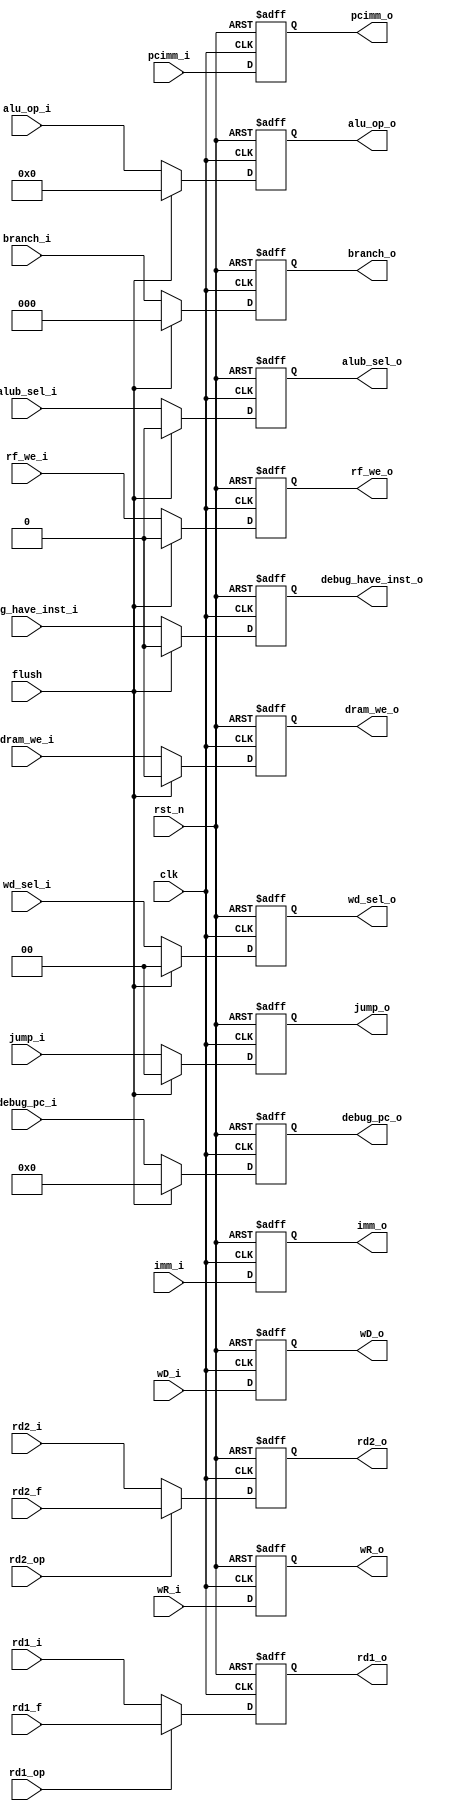

module pr_ID_EX(
    input clk,
    input rst_n,
    input flush,
    
    input [1:0] wd_sel_i,
    input [3:0] alu_op_i,
    input alub_sel_i,
    input rf_we_i,
    input dram_we_i,
    input [2:0] branch_i,
    input [1:0] jump_i,
    input [31:0] pcimm_i,
    input [31:0] rd1_i,
    input [31:0] rd2_i,
    input [31:0] imm_i,
    input [31:0] wD_i,
    input [4:0] wR_i,
    
    input [31:0] rd1_f, // forwarding
    input [31:0] rd2_f, // forwarding
    input rd1_op,
    input rd2_op,
    
    output reg [1:0] wd_sel_o,
    output reg [3:0] alu_op_o,
    output reg alub_sel_o,
    output reg rf_we_o,
    output reg dram_we_o,
    output reg [2:0] branch_o,
    output reg [1:0] jump_o,
    output reg [31:0] pcimm_o,
    output reg [31:0] rd1_o,
    output reg [31:0] rd2_o,
    output reg [31:0] imm_o,
    output reg [31:0] wD_o,
    output reg [4:0] wR_o,
    
    input      [31:0] debug_pc_i,
    output reg [31:0] debug_pc_o,
    input             debug_have_inst_i,
    output reg        debug_have_inst_o
    );
    
    always @ (posedge clk or negedge rst_n) begin
        if(!rst_n)      debug_pc_o <= 32'b0;
        else if(flush)  debug_pc_o <= 32'b0;
        else            debug_pc_o <= debug_pc_i;
    end
    
    always @ (posedge clk or negedge rst_n) begin
        if(!rst_n)      debug_have_inst_o <= 1'b0;
        else if(flush)  debug_have_inst_o <= 1'b0;
        else            debug_have_inst_o <= debug_have_inst_i;
    end
    
    always @ (posedge clk or negedge rst_n) begin
        if(!rst_n)      wd_sel_o <= 2'b0;
        else if(flush)  wd_sel_o <= 2'b0;
        else            wd_sel_o <= wd_sel_i;
    end
    
    always @ (posedge clk or negedge rst_n) begin
        if(!rst_n)      alu_op_o <= 4'b0;
        else if(flush)  alu_op_o <= 4'b0;
        else            alu_op_o <= alu_op_i;
    end
    
    always @ (posedge clk or negedge rst_n) begin
        if(!rst_n)      alub_sel_o <= 1'b0;
        else if(flush)  alub_sel_o <= 1'b0;
        else            alub_sel_o <= alub_sel_i;
    end
    
    always @ (posedge clk or negedge rst_n) begin
        if(!rst_n)      rf_we_o <= 1'b0;
        else if(flush)  rf_we_o <= 1'b0;
        else            rf_we_o <= rf_we_i;
    end
    
    always @ (posedge clk or negedge rst_n) begin
        if(!rst_n)      dram_we_o <= 1'b0;
        else if(flush)  dram_we_o <= 1'b0;
        else            dram_we_o <= dram_we_i;
    end
    
    always @ (posedge clk or negedge rst_n) begin
        if(!rst_n)      branch_o <= 3'b0;
        else if(flush)  branch_o <= 3'b0;
        else            branch_o <= branch_i;
    end
    
    always @ (posedge clk or negedge rst_n) begin
        if(!rst_n)      jump_o <= 2'b0;
        else if(flush)  jump_o <= 2'b0;
        else            jump_o <= jump_i;
    end
    
    always @ (posedge clk or negedge rst_n) begin
        if(!rst_n)      pcimm_o <= 32'b0;
        else            pcimm_o <= pcimm_i;
    end
    
    always @ (posedge clk or negedge rst_n) begin
        if(!rst_n)      rd1_o <= 32'b0;
        else if(rd1_op) rd1_o <= rd1_f;
        else            rd1_o <= rd1_i;
    end
    
    always @ (posedge clk or negedge rst_n) begin
        if(!rst_n)      rd2_o <= 32'b0;
        else if(rd2_op) rd2_o <= rd2_f;
        else            rd2_o <= rd2_i;
    end
    
    always @ (posedge clk or negedge rst_n) begin
        if(!rst_n)      imm_o <= 32'b0;
        else            imm_o <= imm_i;
    end

    always @ (posedge clk or negedge rst_n) begin
        if(!rst_n)      wD_o <= 32'b0;
        else            wD_o <= wD_i;
    end

    always @ (posedge clk or negedge rst_n) begin
        if(!rst_n)      wR_o <= 5'b0;
        else            wR_o <= wR_i;
    end

endmodule